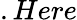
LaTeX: .Here